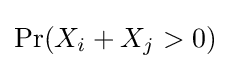
\Pr(X_{i}+X_{j}>0)